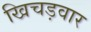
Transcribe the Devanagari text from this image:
खिचड़वार